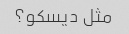
مثل دیسکو؟